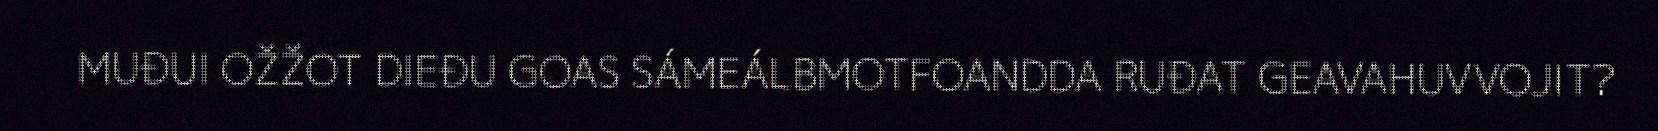
MUĐUI OŽŽOT DIEĐU GOAS SÁMEÁLBMOTFOANDDA RUĐAT GEAVAHUVVOJIT?